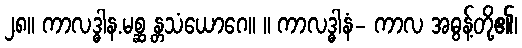
၂၈။ ကာလဒ္ဓါန.မစ္ဆ န္တသံယောဂေ။ ။ ကာလဒ္ဓါနံ- ကာလ အဓွန့်တို့၏၊